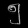
Digit: ၅